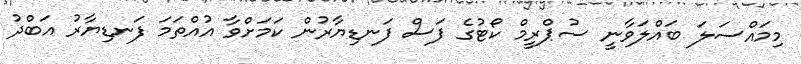
މިމައްސަލަ ބައްލަވާނީ ސުޕްރީމް ކޯޓުގެ ފަސް ފަނޑިޔާރުން ކަމަށްވާ އުއްތަމަ ފަނޑިޔާރު އަބްދު